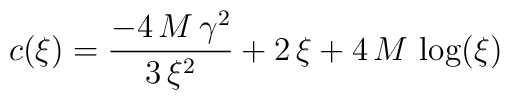
c(\xi ) ={\frac{-4\,M\,{{\gamma }^2}}{3\,{{\xi }^2}}} +   2\,\xi  + 4\,M\,\log (\xi )